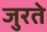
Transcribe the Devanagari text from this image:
जुरते